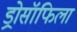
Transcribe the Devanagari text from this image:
ड्रोसॉफिला